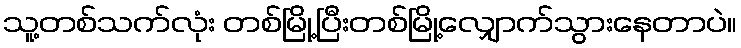
သူ့တစ်သက်လုံး တစ်မြို့ပြီးတစ်မြို့လျှောက်သွားနေတာပဲ။